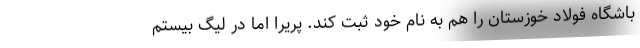
باشگاه فولاد خوزستان را هم به نام خود ثبت کند. پریرا اما در لیگ بیستم